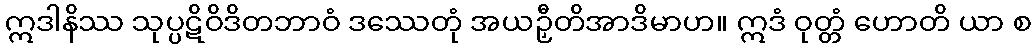
ဣဒါနိဿ သုပ္ပဋိဝိဒိတဘာဝံ ဒဿေတုံ အယဉှီတိအာဒိမာဟ။ ဣဒံ ဝုတ္တံ ဟောတိ ယာ စ